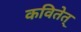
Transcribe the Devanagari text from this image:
कवितेत्